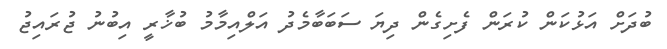
ބުދަށް އަޅުކަން ކުރަން ފެށިގެން ދިޔަ ސަބަބާމެދު އަލްއިމާމު ބުޚާރީ އިބުނު ޖުރައިޖު